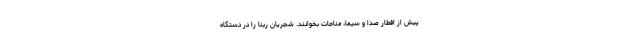
پیش از افطارِ صدا و سیما، مناجات بخوانند. شجریان ربنا را در دستگاه